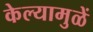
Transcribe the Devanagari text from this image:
केल्यामुळें